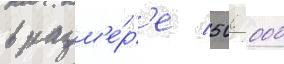
в разм'е́р'е 500 000